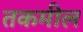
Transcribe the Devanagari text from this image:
तकमील